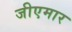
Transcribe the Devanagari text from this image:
जीएमार